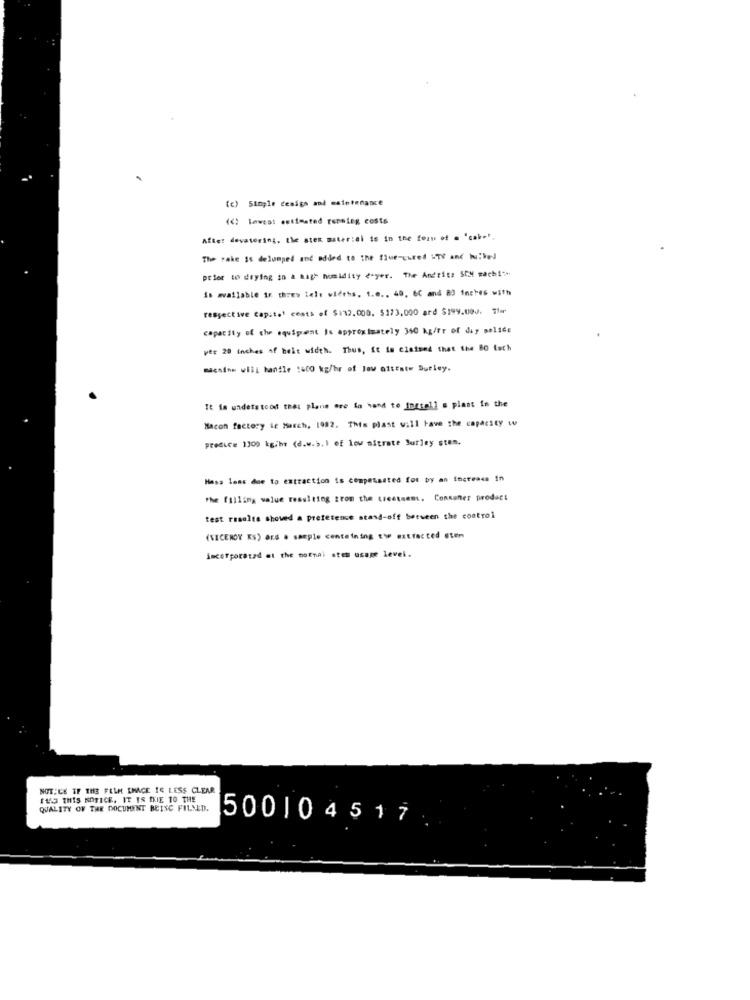
(c) Simple design and maintenance
(<) Lowest estimated running costs
Afte: devatering, the ates material is in the form of = "cake".
The sake is delumped and added to the five-cured HTY and NukeJ
prior to drying in a bagh humidity e-yer. The Andritz SOM machi **
is available ir threw tele wieths. 1.0 ., 40, 6C and 83 Inches with
respective Capital costs of $132.000. $173,000 ard $199.000. Thur
capacity of the equipment is approximately 300 kg/Fr of day melide
per 20 Inches of helt width. Thus, It to claimed that the 80 fach
machine will handle :400 kg/hr of law oftEste Durley.
It Is understood that plane ore fa hand to install s plant in the
Macon factory ie March, 1982. This plast will have the capacity w
preduce 1300 kgihr (d.w.>. 1 of low nitrate Burley sten.
Hass lens due to extraction is compensated for by an increase In
the filling value resulting from the creetsent. Consener product
test results shoved a preference stand-off between the control
(VICEROY KS) ord a sample containing the extracted sten
incorporated at the mornai stes usage level.
NOTICE IF THE FELH IMAGE IS LESS CLEAR
1143 THIS NOTICE. IT IS IVIE TO THE
QUALITY OF THE DOCUMENT BEING FILLED.
500104517